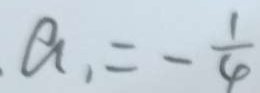
. a _ { 1 } = - \frac { 1 } { 4 }